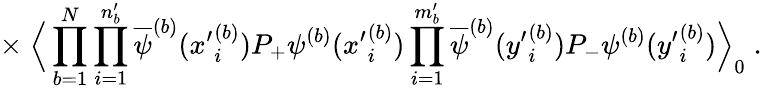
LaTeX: \times\; \Big\langle\prod_{b=1}^{N}\prod_{i=1}^{n_{b}^{\prime}}\overline{{{\psi}}}^{(b)}({x^{\prime}}_{i}^{(b)})P_{+}\psi^{(b)}({x^{\prime}}_{i}^{(b)})\prod_{i=1}^{m_{b}^{\prime}}\overline{{{\psi}}}^{(b)}({y^{\prime}}_{i}^{(b)})P_{-}\psi^{(b)}({y^{\prime}}_{i}^{(b)})\Big\rangle_{0}\; .